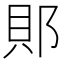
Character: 郥